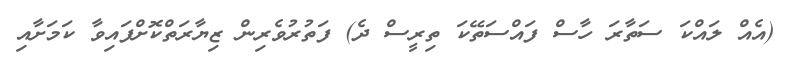
(އެއް ލައްކަ ސަތާރަ ހާސް ފައްސަތޭކަ ތިރީސް ދެ) ފަތުރުވެރިން ޒިޔާރަތްކޮށްފައިވާ ކަމަށާއި